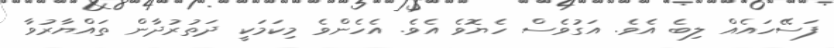
ފަސޭހައެއް ލިބެ އެވެ. އަގުވެސް ހެޔޮވެ އެވެ. އެހެންވެ މިކަމަކީ ދަތުރުދާން ތައްޔާރުވާ